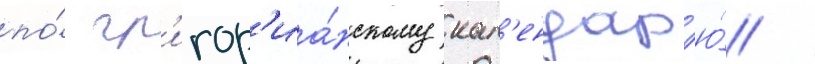
по́ гр'игор'иа́нскому кал'ендар'ю́ /